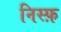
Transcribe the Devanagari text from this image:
निस्फ़